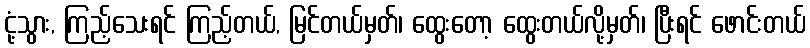
ငုံ့သွား, ကြည့်သေးရင် ကြည့်တယ်, မြင်တယ်မှတ်၊ ထွေးတော့ ထွေးတယ်လို့မှတ်၊ ပြီးရင် ဖောင်းတယ်